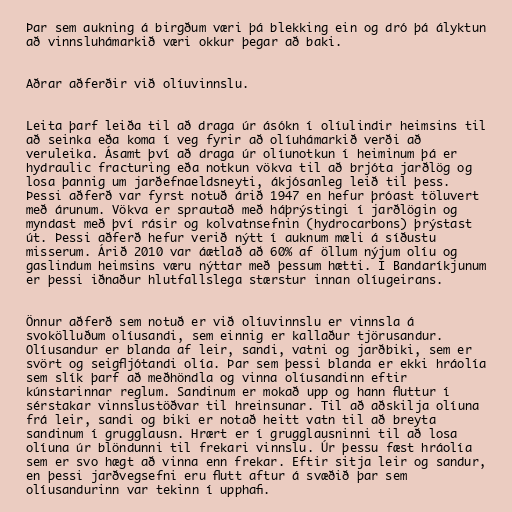
Þar sem aukning á birgðum væri þá blekking ein og dró þá ályktun
að vinnsluhámarkið væri okkur þegar að baki.

Aðrar aðferðir við olíuvinnslu.

Leita þarf leiða til að draga úr ásókn í olíulindir heimsins til
að seinka eða koma í veg fyrir að olíuhámarkið verði að
veruleika. Ásamt því að draga úr olíunotkun í heiminum þá er
hydraulic fracturing eða notkun vökva til að brjóta jarðlög og
losa þannig um jarðefnaeldsneyti, ákjósanleg leið til þess.
Þessi aðferð var fyrst notuð árið 1947 en hefur þróast töluvert
með árunum. Vökva er sprautað með háþrýstingi í jarðlögin og
myndast með því rásir og kolvatnsefnin (hydrocarbons) þrýstast
út. Þessi aðferð hefur verið nýtt í auknum mæli á síðustu
misserum. Árið 2010 var áætlað að 60% af öllum nýjum olíu og
gaslindum heimsins væru nýttar með þessum hætti. Í Bandaríkjunum
er þessi iðnaður hlutfallslega stærstur innan olíugeirans.

Önnur aðferð sem notuð er við olíuvinnslu er vinnsla á
svokölluðum olíusandi, sem einnig er kallaður tjörusandur.
Olíusandur er blanda af leir, sandi, vatni og jarðbiki, sem er
svört og seigfljótandi olía. Þar sem þessi blanda er ekki hráolía
sem slík þarf að meðhöndla og vinna olíusandinn eftir
kúnstarinnar reglum. Sandinum er mokað upp og hann fluttur í
sérstakar vinnslustöðvar til hreinsunar. Til að aðskilja olíuna
frá leir, sandi og biki er notað heitt vatn til að breyta
sandinum í grugglausn. Hrært er í grugglausninni til að losa
olíuna úr blöndunni til frekari vinnslu. Úr þessu fæst hráolía
sem er svo hægt að vinna enn frekar. Eftir sitja leir og sandur,
en þessi jarðvegsefni eru flutt aftur á svæðið þar sem
olíusandurinn var tekinn í upphafi.